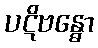
ပဋိဗန္ဓော